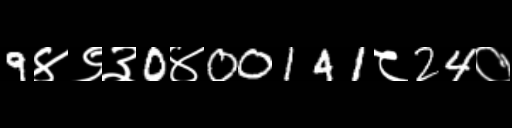
Text: 9४९३0४00141८24०